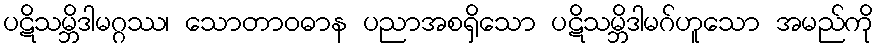
ပဋိသမ္ဘိဒါမဂ္ဂဿ၊ သောတာဝဓာန ပညာအစရှိသော ပဋိသမ္ဘိဒါမဂ်ဟူသော အမည်ကို